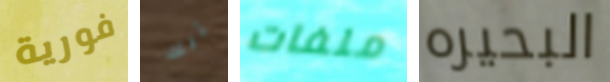
فورية تلك ملفات البحيره